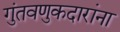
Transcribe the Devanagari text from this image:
गुंतवणुकदारांना